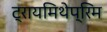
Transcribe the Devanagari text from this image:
ट्रायमिथेप्रिम